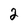
Character: 2